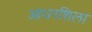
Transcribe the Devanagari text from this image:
आधरशिला